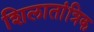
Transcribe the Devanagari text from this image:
शिलातांत्रिक